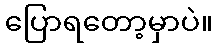
ပြောရတော့မှာပဲ။